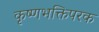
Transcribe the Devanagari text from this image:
कृष्णभक्तिपरक